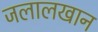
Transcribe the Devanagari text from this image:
जलालखान